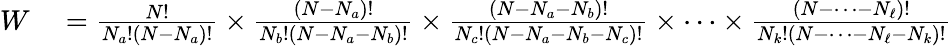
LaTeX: \begin{array}{rl}{W}&{{}={\frac{N!}{N_{a}!(N-N_{a})!}}\times{\frac{(N-N_{a})!}{N_{b}!(N-N_{a}-N_{b})!}}\times{\frac{(N-N_{a}-N_{b})!}{N_{c}!(N-N_{a}-N_{b}-N_{c})!}}\times\cdots\times{\frac{(N-\cdots-N_{\ell})!}{N_{k}!(N-\cdots-N_{\ell}-N_{k})!}}}\end{array}